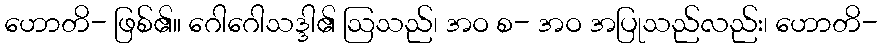
ဟောတိ- ဖြစ်၏။ ဂေါဂေါသဒ္ဒါ၏ ဩသည်၊ အဝ စ- အဝ အပြုသည်လည်း၊ ဟောတိ-